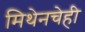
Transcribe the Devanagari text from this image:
मिथेनचेही